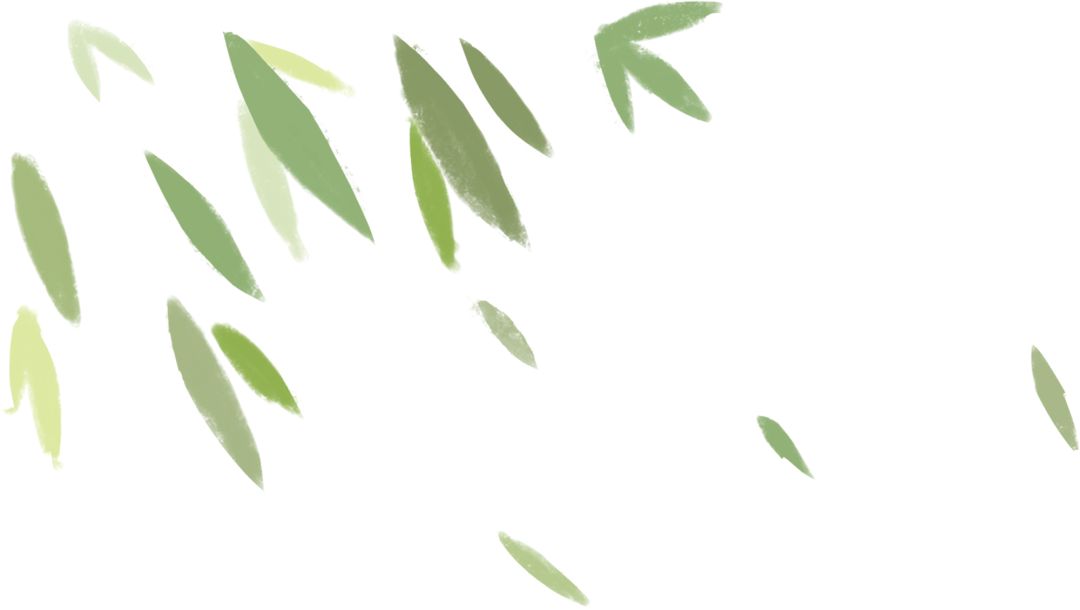
青青河畔草，郁郁园中柳。